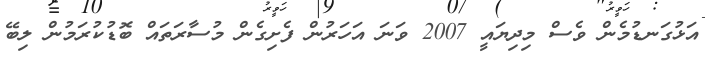
އަޅުގަނޑުމެން ވެސް މިދިޔައީ 2007 ވަނަ އަހަރުން ފެށިގެން މުސާރަތައް ބޮޑުކުރަމުން ލިބޭ